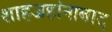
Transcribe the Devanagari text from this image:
शाहजहांनाबाद